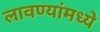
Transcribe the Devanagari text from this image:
लावण्यांमध्ये